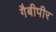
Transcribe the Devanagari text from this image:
गैबीपीर